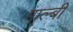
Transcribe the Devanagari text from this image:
गाल्बी